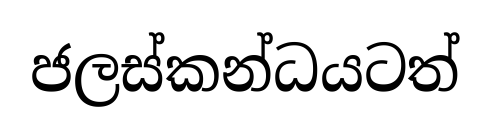
ජලස්කන්ධයටත්